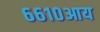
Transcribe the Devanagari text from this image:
६६१०आय